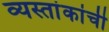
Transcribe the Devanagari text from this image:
व्यस्तांकांची